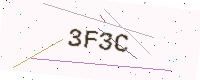
Text: 3F3C